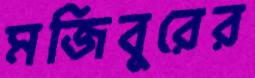
মজিবুরের